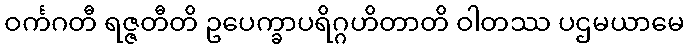
ဝင်္ကဂတီ ရဇ္ဇတီတိ ဥပေက္ခာပရိဂ္ဂဟိတာတိ ဝါတဿ ပဌမယာမေ